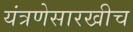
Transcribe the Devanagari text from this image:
यंत्रणेसारखीच